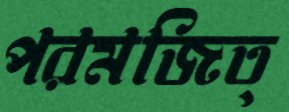
পরমজিত্